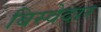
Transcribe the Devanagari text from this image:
बिस्‍वेदार